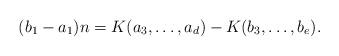
LaTeX: \begin{align*} (b_1-a_1)n=K(a_3,\ldots,a_d)-K(b_3,\ldots,b_e). \end{align*}